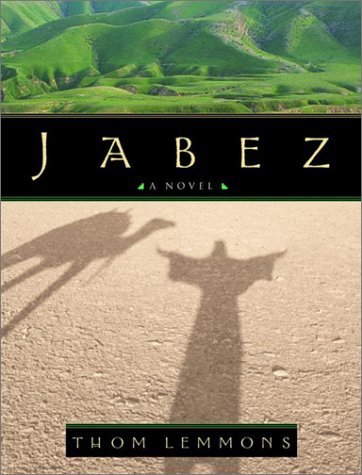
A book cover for Jabez; Thom Lemmons; Christian Books & Bibles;